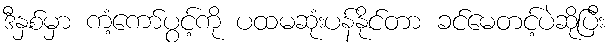
ဒီနှစ်မှာ ကံ့ကော်ပွင့်ကို ပထမဆုံးပန်နိုင်တာ ခင်မေတင့်ပဲဆိုပြီး